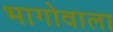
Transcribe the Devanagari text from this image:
भागोवाला